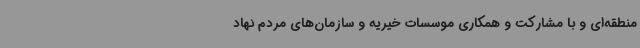
منطقه‌ای و با مشارکت و همکاری موسسات خیریه و سازمان‌های مردم نهاد